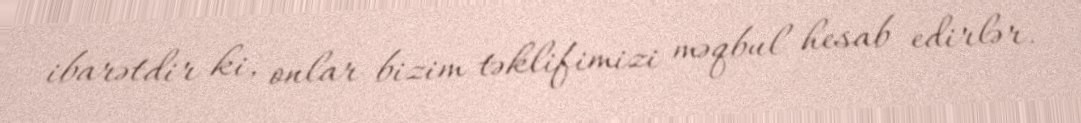
ibarətdir ki, onlar bizim təklifimizi məqbul hesab edirlər.